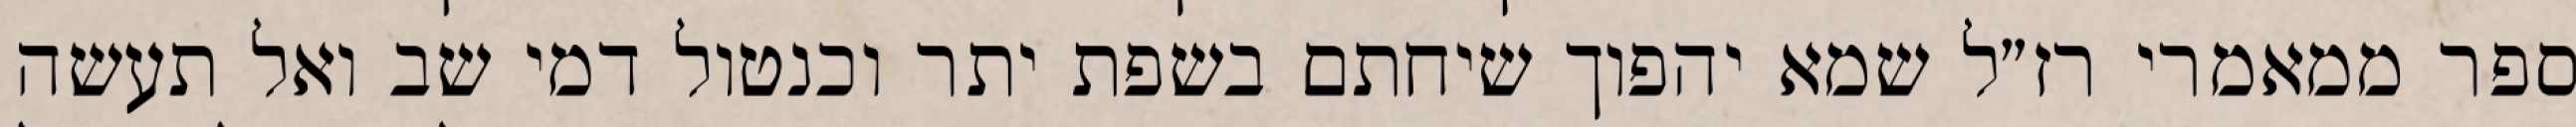
ספר ממאמרי רז״ל שמא יהפוך שיחתם בשפת יתר וכנטול דמי שב ואל תעשה